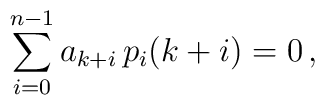
\sum_{i=0}^{n-1}a_{k+i}\, p_i(k+i)=0\,,